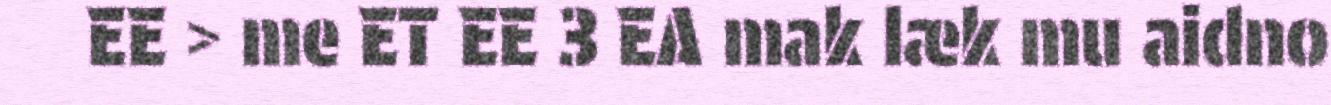
EE > me ET EE 3 EA mak læk mu aidno